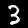
Digit: 3